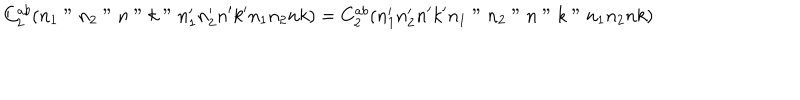
C _ { 2 } ^ { a b } ( n _ { 1 } " n _ { 2 } " n " k " n _ { 1 } ^ { \prime } n _ { 2 } ^ { \prime } n ^ { \prime } k ^ { \prime } n _ { 1 } n _ { 2 } n k ) = C _ { 2 } ^ { a b } ( n _ { 1 } ^ { \prime } n _ { 2 } ^ { \prime } n ^ { \prime } k ^ { \prime } n _ { 1 } " n _ { 2 } " n " k " n _ { 1 } n _ { 2 } n k )